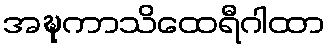
အဍ္ဎကာသိထေရီဂါထာ